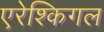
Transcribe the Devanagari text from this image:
एरेश्किगल